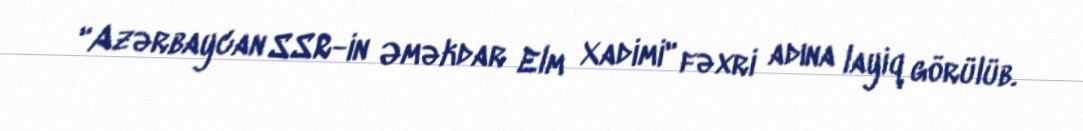
"Azərbaycan SSR-in Əməkdar Elm Xadimi" fəxri adına layiq görülüb.